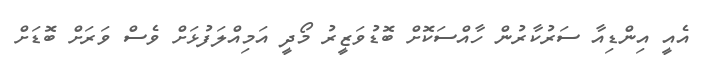
އެއީ އިންޑިއާ ސަރުކާރުން ހާއްސަކޮށް ބޮޑުވަޒީރު މޯދީ އަމިއްލަފުޅަށް ވެސް ވަރަށް ބޮޑަށް